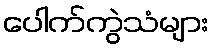
ပေါက်ကွဲသံများ